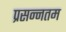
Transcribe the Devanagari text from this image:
प्रसन्नतम